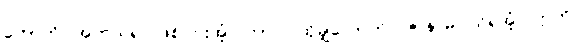
ဟောတိ၊ အကယ်၍ ဖြစ်ငြားအံ့။ တာဝ၊ ထိုမျှလောက်။ ဇာနာမိ၊ သိရအံ့။ ဣတိ၊